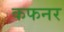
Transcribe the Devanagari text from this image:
कफनर